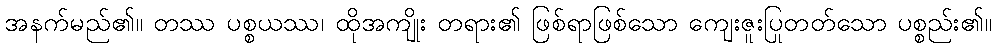
အနက်မည်၏။ တဿ ပစ္စယဿ၊ ထိုအကျိုး တရား၏ ဖြစ်ရာဖြစ်သော ကျေးဇူးပြုတတ်သော ပစ္စည်း၏။